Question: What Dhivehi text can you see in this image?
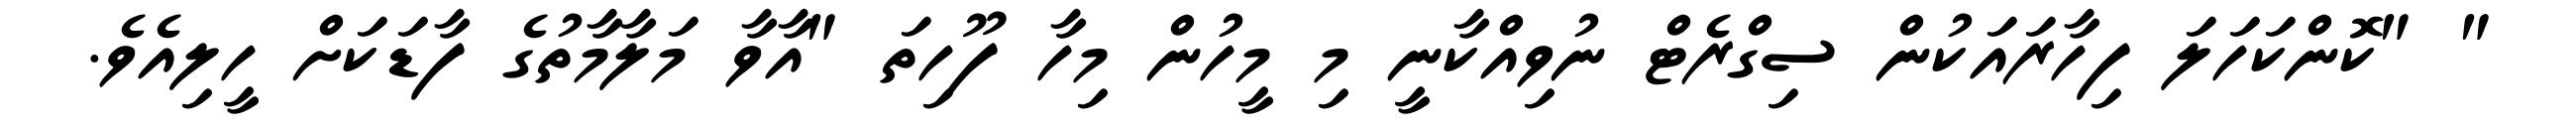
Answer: " "ކޮންކަހަލަ ފިހާރައަކުން ސިގްރެޓް ނުވިއްކާނީ މި މީހުން މިހާ ފޫހިތަ "އާވާ މަލާމާތުގެ ފާޑަކަށް ހީލިއެވެ.